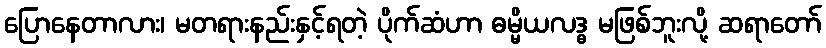
ပြောနေတာလား၊ မတရားနည်းနှင့်ရတဲ့ ပိုက်ဆံဟာ ဓမ္မိယလဒ္ဓ မဖြစ်ဘူးလို့ ဆရာတော်